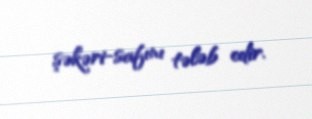
şəkəri-safını tələb edir.